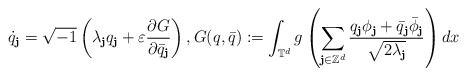
\begin{align*}\dot{q}_\textbf{j}=\sqrt{-1}\left(\lambda_\textbf{j}q_\textbf{j}+\varepsilon\frac{\partial G}{\partial \bar{q}_\textbf{j}}\right),G(q,\bar q):=\int_{\mathbb{T}^d}g\left(\sum_{\textbf{j}\in\mathbb{Z}^d}\frac{q_\textbf{j}\phi_\textbf{j}+\bar q_\textbf{j}\bar\phi_\textbf{j}}{\sqrt{2\lambda_\textbf{j}}}\right)dx\end{align*}